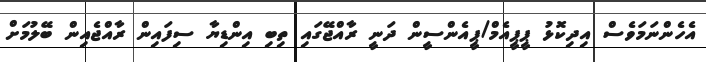
އެހެންނަމަވެސް އިދިކޮޅު ޕީޕީއެމް/ޕީއެންސީން ދަނީ ރާއްޖޭގައި ތިބި އިންޑިޔާ ސިފައިން ރާއްޖެއިން ބޭލުމަށް